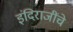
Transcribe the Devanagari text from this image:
इंदिराजींचे